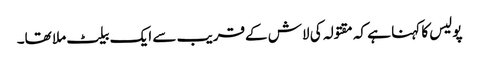
پولیس کا کہنا ہے کہ مقتولہ کی لاش کےقریب سے ایک بیلٹ ملا تھا۔